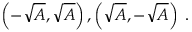
\left( - { \sqrt { A } } , { \sqrt { A } } \right) , \left( { \sqrt { A } } , - { \sqrt { A } } \right) \; .